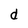
Character: d